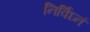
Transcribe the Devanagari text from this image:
निर्विघ्नं